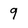
Character: 9